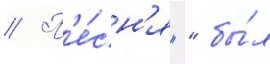
// П'е́сн'я "" бы́л